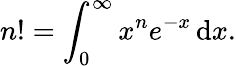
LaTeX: n!=\int_{0}^{\infty}x^{n}e^{-x}\, \mathrm{{d}}x.